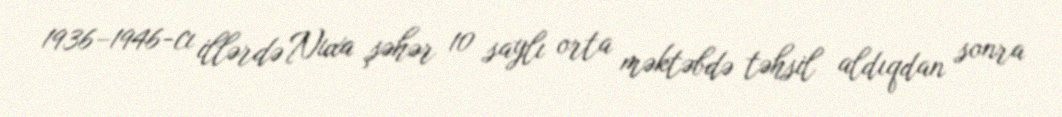
1936–1946-cı illərdə Nuxa şəhər 10 saylı orta məktəbdə təhsil aldıqdan sonra